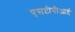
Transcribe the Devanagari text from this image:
एसटीपीआई